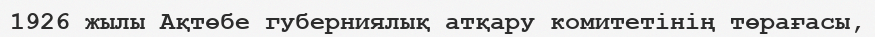
1926 жылы Ақтөбе губерниялық атқару комитетінің төрағасы,